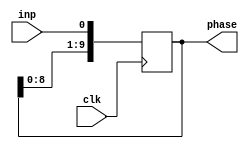
//
// Copyright (c) 2020 by 1801BM1@gmail.com
//______________________________________________________________________________
//
// Delay line
//
module am4_delay
(
   input        clk,       // DLL input clock
   input        inp,       // DLL input data
   output [9:0] phase      // DLL outputs
);

reg  [9:0]  dll;           // digital delay line register

initial dll[9:0] = 10'h000;
always @(posedge clk) dll[9:0] <= {dll[8:0], inp};
//
// phase[0] - 15
// phase[1] - 30
// phase[2] - 45
// phase[3] - 60
// phase[4] - 75
// phase[5] - 90
// phase[6] - 105
// phase[7] - 120
// phase[8] - 135
// phase[9] - 150
//
assign phase[9:0] = dll[9:0];

//______________________________________________________________________________
//
endmodule

//
// sn74123 - retrigerable monostable multivibrator
//
module am4_pulse
#(parameter
//
// Monovibrator pulse width in clock periods
//
   AM4_PULSE_WIDTH_CLK = 100

)
(
   input  clk,          // input clock
   input  reset_n,      // negative reset
   input  a_n,          // negative start
   input  b,            // positive start
   output q             // output
);
localparam CNT_WIDTH = log2(AM4_PULSE_WIDTH_CLK);
reg   [CNT_WIDTH-1:0] cnt;

reg qout;
reg start;

initial
begin
   qout = 0;
   start = 0;
end

assign q = qout;
always @(posedge clk or negedge reset_n)
begin
   if (~reset_n)
      begin
         cnt <= 0;
         qout <= 1'b0;
         start <= 1'b0;
      end
   else
      begin
         if (~start & ~a_n & b)
            cnt <= AM4_PULSE_WIDTH_CLK;
         else
            if (|cnt)
               cnt <= cnt - 1'b1;
         qout <= |cnt;
         start <= ~a_n & b;
      end
end

function integer log2(input integer value);
   begin
      for (log2=0; value>0; log2=log2+1)
         value = value >> 1;
   end
endfunction
endmodule